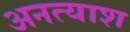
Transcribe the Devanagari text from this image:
अनत्याश